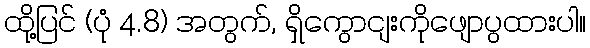
ထို့ပြင် (ပုံ 4.8) အတွက်, ရှိကွောငျးကိုဖျောပွထားပါ။